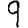
Digit: 9